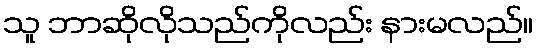
သူ ဘာဆိုလိုသည်ကိုလည်း နားမလည်။